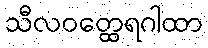
သီလဝတ္ထေရဂါထာ